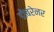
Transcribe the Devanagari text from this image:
डोबरेनर